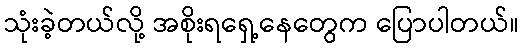
သုံးခဲ့တယ်လို့ အစိုးရရှေ့နေတွေက ပြောပါတယ်။